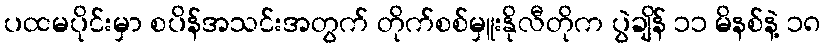
ပထမပိုင်းမှာ စပိန်အသင်းအတွက် တိုက်စစ်မှူးနိုလီတိုက ပွဲချိန် ၁၁ မိနစ်နဲ့ ၁၈